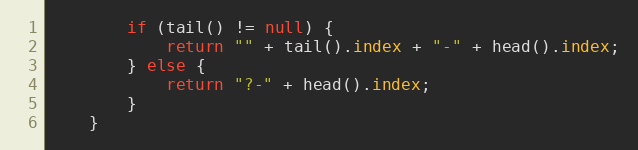
Language: Java
        if (tail() != null) {
            return "" + tail().index + "-" + head().index;
        } else {
            return "?-" + head().index;
        }
    }